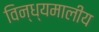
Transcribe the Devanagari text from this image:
विन्ध्यमालीय